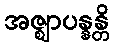
အဇ္ဈာပန္နန္တိ